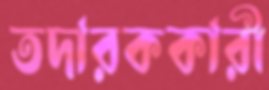
তদারককারী